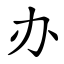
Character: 办